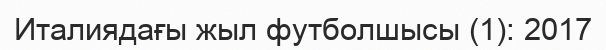
Италиядағы жыл футболшысы (1): 2017